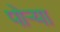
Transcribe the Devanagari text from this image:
पोऱ्या